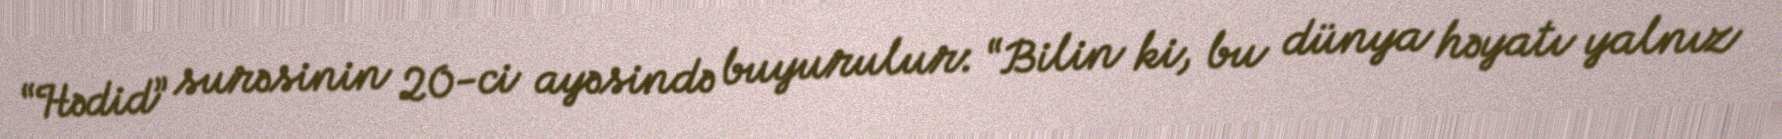
“Hədid” surəsinin 20-ci ayəsində buyurulur: “Bilin ki, bu dünya həyatı yalnız